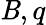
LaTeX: \mathit{B},q